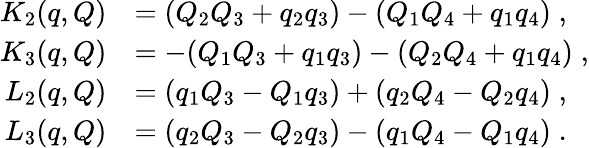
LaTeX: \begin{array}{rl}{K_{2}(q,Q)}&{=(Q_{2}Q_{3}+q_{2}q_{3})-(Q_{1}Q_{4}+q_{1}q_{4})\; ,}\\ {K_{3}(q,Q)}&{=-(Q_{1}Q_{3}+q_{1}q_{3})-(Q_{2}Q_{4}+q_{1}q_{4})\; ,}\\ {L_{2}(q,Q)}&{=(q_{1}Q_{3}-Q_{1}q_{3})+(q_{2}Q_{4}-Q_{2}q_{4})\; ,}\\ {L_{3}(q,Q)}&{=(q_{2}Q_{3}-Q_{2}q_{3})-(q_{1}Q_{4}-Q_{1}q_{4})\; .}\end{array}